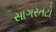
સાગરતટો